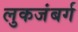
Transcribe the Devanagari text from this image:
लुकजंबर्ग